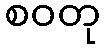
စဝတု